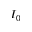
I _ { 0 }